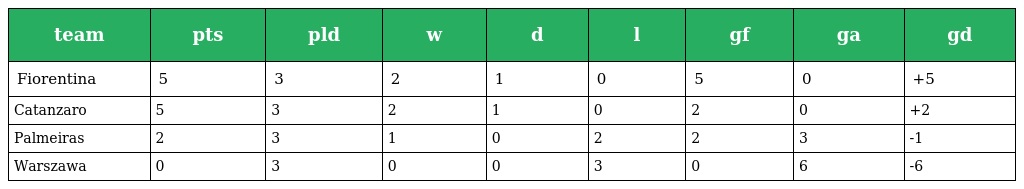
| team | pts | pld | w | d | l | gf | ga | gd |
 | --- | --- | --- | --- | --- | --- | --- | --- | --- |
 | Fiorentina | 5 | 3 | 2 | 1 | 0 | 5 | 0 | +5 |
 | Catanzaro | 5 | 3 | 2 | 1 | 0 | 2 | 0 | +2 |
 | Palmeiras | 2 | 3 | 1 | 0 | 2 | 2 | 3 | -1 |
 | Warszawa | 0 | 3 | 0 | 0 | 3 | 0 | 6 | -6 |